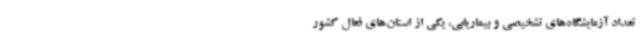
تعداد آزمایشگاه‌های تشخیصی و بیماریابی، یکی از استان‌های فعال کشور